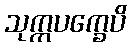
သုက္ကပက္ခေပိ